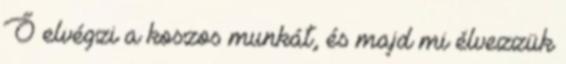
Ő elvégzi a koszos munkát, és majd mi élvezzük